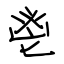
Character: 鬯